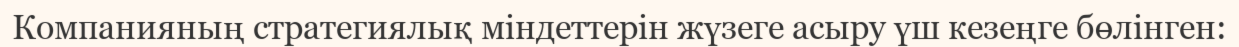
Компанияның стратегиялық міндеттерін жүзеге асыру үш кезеңге бөлінген: